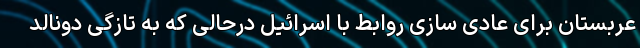
عربستان برای عادی سازی روابط با اسرائیل درحالی که به تازگی دونالد